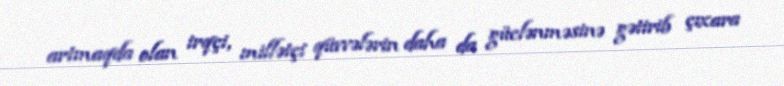
artmaqda olan irqçi, millətçi qüvvələrin daha da güclənməsinə gətirib çıxara